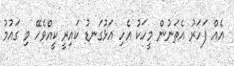
އެއް ފަހަރު އެތަނުން މީހަކު އެހި އަޅުގަނޑު ކައިރީ ކީއްވެހޭ މި ގައުމު